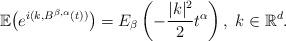
LaTeX: \begin{align*}\mathbb{E}\big(e^{i(k,B^{\beta,\alpha}(t))}\big)=E_{\beta}\left(-\frac{|k|^{2}}{2}t^{\alpha}\right),\;k\in\mathbb{R}^{d}.\end{align*}